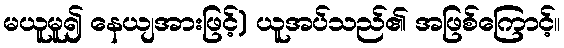
မယူမူ၍ နေယျအားဖြင့်) ယူအပ်သည်၏ အဖြစ်ကြောင့်။